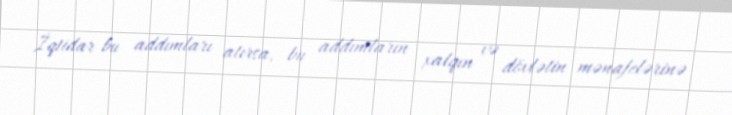
İqtidar bu addımları atırsa, bu addımların xalqın və dövlətin mənafelərinə